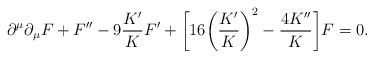
LaTeX: \begin{align*}\partial^\mu\partial_\mu F+F^{\prime\prime}-9\frac{K'}{K}F'+\bigg[16\bigg(\frac{K'}{K}\bigg)^2-\frac{4K^{\prime\prime}}{K}\bigg]F=0.\end{align*}